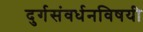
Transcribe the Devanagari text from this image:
दुर्गसंवर्धनविषयी